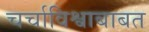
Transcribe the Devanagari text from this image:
चर्चाविश्वाबाबत